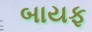
બાયફ